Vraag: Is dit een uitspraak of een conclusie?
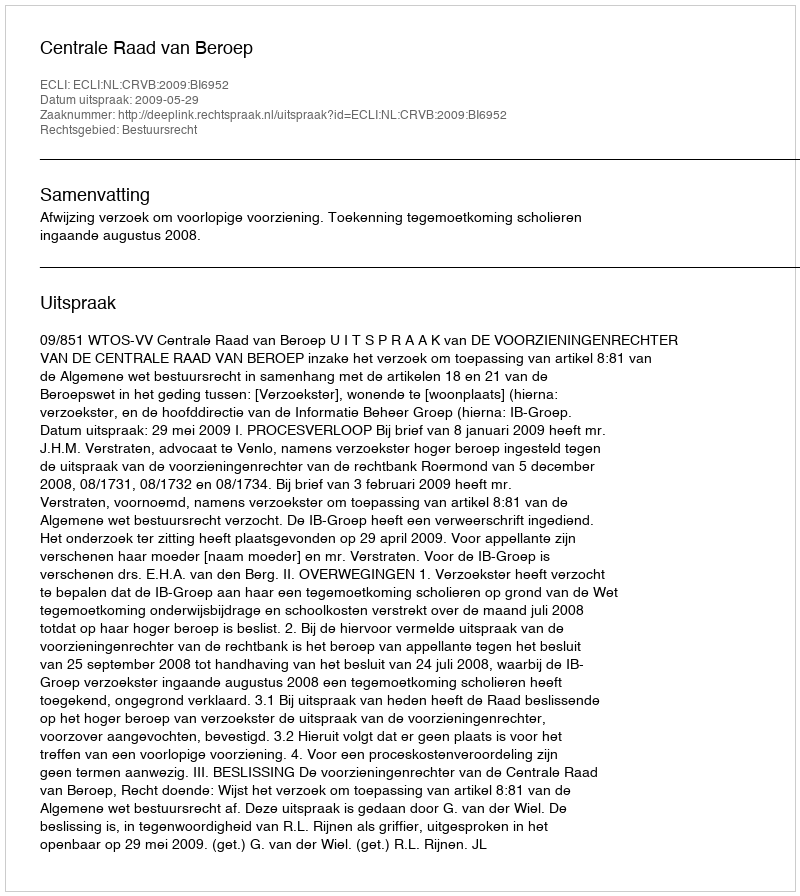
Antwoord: Uitspraak